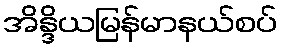
အိန္ဒိယမြန်မာနယ်စပ်